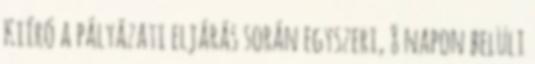
Kiíró a pályázati eljárás során egyszeri, 8 napon belüli